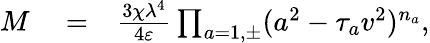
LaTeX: \begin{array}{rlr}{M}&{{}=}&{\frac{3\chi\lambda^{4}}{4\varepsilon}\prod_{a=1,\pm}(a^{2}-\tau_{a}v^{2})^{n_{a}},}\end{array}